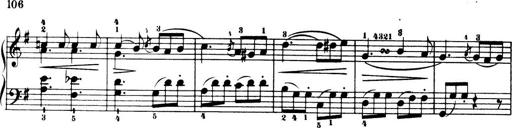
Title: 32 Sonatinas and Rondos for the Piano
Composer: Richard Kleinmichel